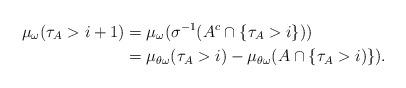
LaTeX: \begin{align*}\mu_\omega(\tau_A>i+1)&=\mu_\omega( \sigma^{-1}(A^c\cap \{\tau_A>i\})) \\&=\mu_{\theta\omega}(\tau_A>i)-\mu_{\theta\omega}(A\cap\{\tau_A>i)\}).\end{align*}